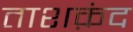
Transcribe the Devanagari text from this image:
ताशक़ंद